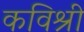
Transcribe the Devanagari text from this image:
कविश्री